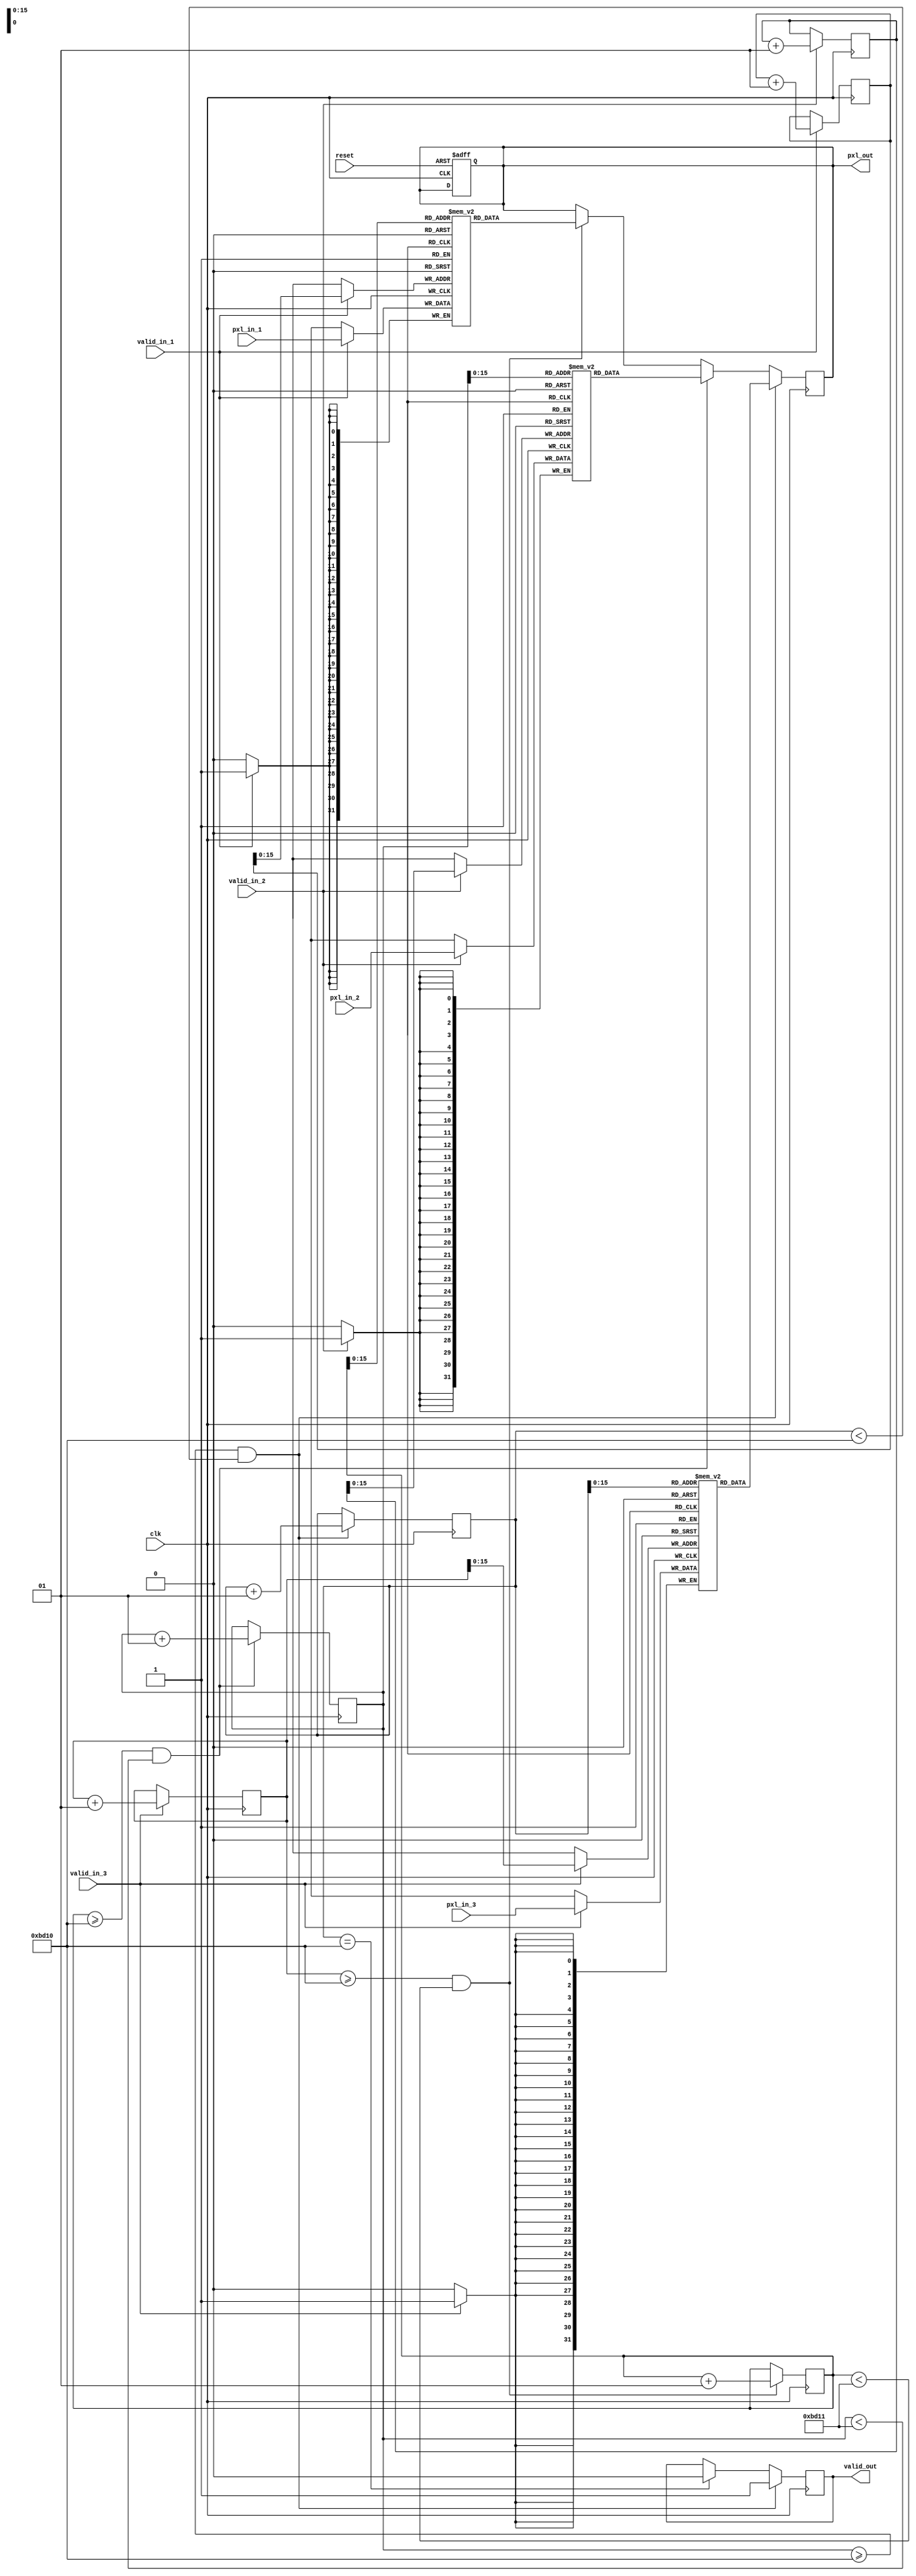
 module merge_3i
#(
  parameter D = 220,
  parameter C_1 = 1,
  parameter C_2 = 1,
  parameter C_3 = 1,
  parameter DATA_WIDTH = 32
)
(
    	input clk,
   	 input reset,
 	   input valid_in_1,valid_in_2,valid_in_3,
    	input [DATA_WIDTH-1:0] pxl_in_1,
    	input [DATA_WIDTH-1:0] pxl_in_2,
    	input [DATA_WIDTH-1:0] pxl_in_3,
    	
    	output [DATA_WIDTH-1:0] pxl_out,
	   output valid_out
	 );
	 parameter T_1 = D * D * C_1;
	 parameter T_2 = D * D * C_2;
	 parameter T_3 = D * D * C_3;
	 
	 reg [DATA_WIDTH-1:0]memory_1[T_1:0];
	 reg [DATA_WIDTH-1:0]memory_2[T_2:0];
	 reg [DATA_WIDTH-1:0]memory_3[T_3:0];
	 
	 integer i = 0;
   integer j = 0;
   integer k = 0;
   
   integer g = 0;
   integer h = 0;
   integer l = 0;
   
   reg [DATA_WIDTH-1:0] tmp;
   reg tmp_valid = 0;
   
	 always @(posedge clk, posedge reset) begin
	   if(reset)begin
	     tmp = 0;
	     end
	   end 
	   
	   always @(posedge clk) begin
	   if(valid_in_1)begin
	     memory_1[i] = pxl_in_1;
	     i <= i + 1;
	     end
	   if(valid_in_2)begin
	     memory_2[j] = pxl_in_2;
	     j <= j + 1;
	     end
	    if(valid_in_3)begin
	     memory_3[k] = pxl_in_3;
	     k <= k + 1;
	     end  
	   end 
	   
	   always @(posedge clk) begin
	   if(k >= T_3 && g < T_1 + 1)begin
	     tmp <= memory_1[g];
	     tmp_valid <= 1;
	     g <= g+1;
	     end 
	    if(g >= T_1 && h < T_2 + 1)begin
	      tmp <= memory_2[h];
	      tmp_valid <= 1;
	       h <= h+1;
	      end
	    if(h >= T_2 && l < T_3)begin
	      tmp <= memory_3[l];
	      tmp_valid <= 1;
	       l <= l+1;
	      end
	    else if(l == T_3) tmp_valid = 0;
	   end
	   
	   assign pxl_out = tmp;
	   assign valid_out = tmp_valid;
	   
	   endmodule